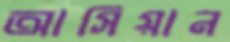
আসিয়ান